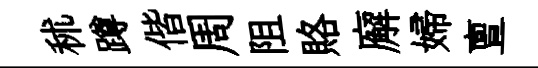
秫蹲偕周阻賂廨婦亶